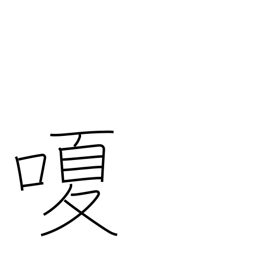
Meaning: hoarse